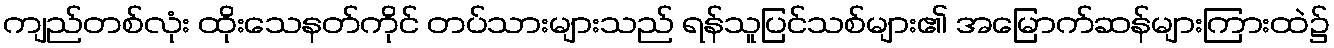
ကျည်တစ်လုံး ထိုးသေနတ်ကိုင် တပ်သားများသည် ရန်သူပြင်သစ်များ၏ အမြောက်ဆန်များကြားထဲ၌